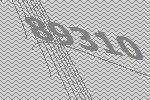
89310